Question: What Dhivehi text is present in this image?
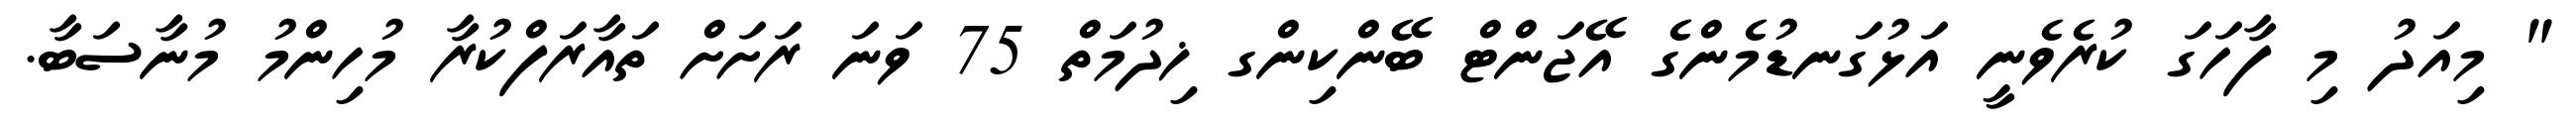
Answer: " މިއަދު މި ފާހަގަ ކުރެވެނީ އަޅުގަނޑުމެންގެ އޭޖަންޓް ބޭންކިންގ ޚިދުމަތް 75 ވަނަ ރަށަށް ތައާރަފްކުރާ މުހިންމު މުނާސަބާ.